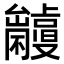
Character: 𠮘